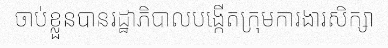
ចាប់ខ្លួនបានរដ្ឋាភិបាលបង្កើតក្រុមការងារសិក្សា